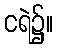
ငရဲ၌။